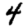
Digit: 4